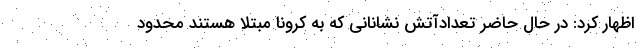
اظهار کرد: در حال حاضر تعدادآتش نشانانی که به کرونا مبتلا هستند محدود